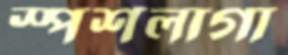
স্পর্শলাগা